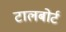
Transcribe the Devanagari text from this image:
टालबोर्ट